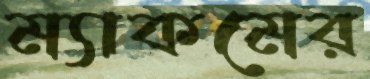
ম্যাকমের